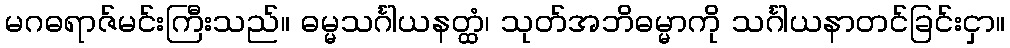
မဂဓရာဇ်မင်းကြီးသည်။ ဓမ္မသင်္ဂါယနတ္ထံ၊ သုတ်အဘိဓမ္မာကို သင်္ဂါယနာတင်ခြင်းငှာ။